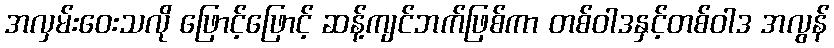
အလှမ်းဝေးသလို ဖြောင့်ဖြောင့် ဆန့်ကျင်ဘက်ဖြစ်ကာ တစ်ဝါဒနှင့်တစ်ဝါဒ အလွန်